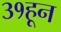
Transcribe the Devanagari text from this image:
३१हून